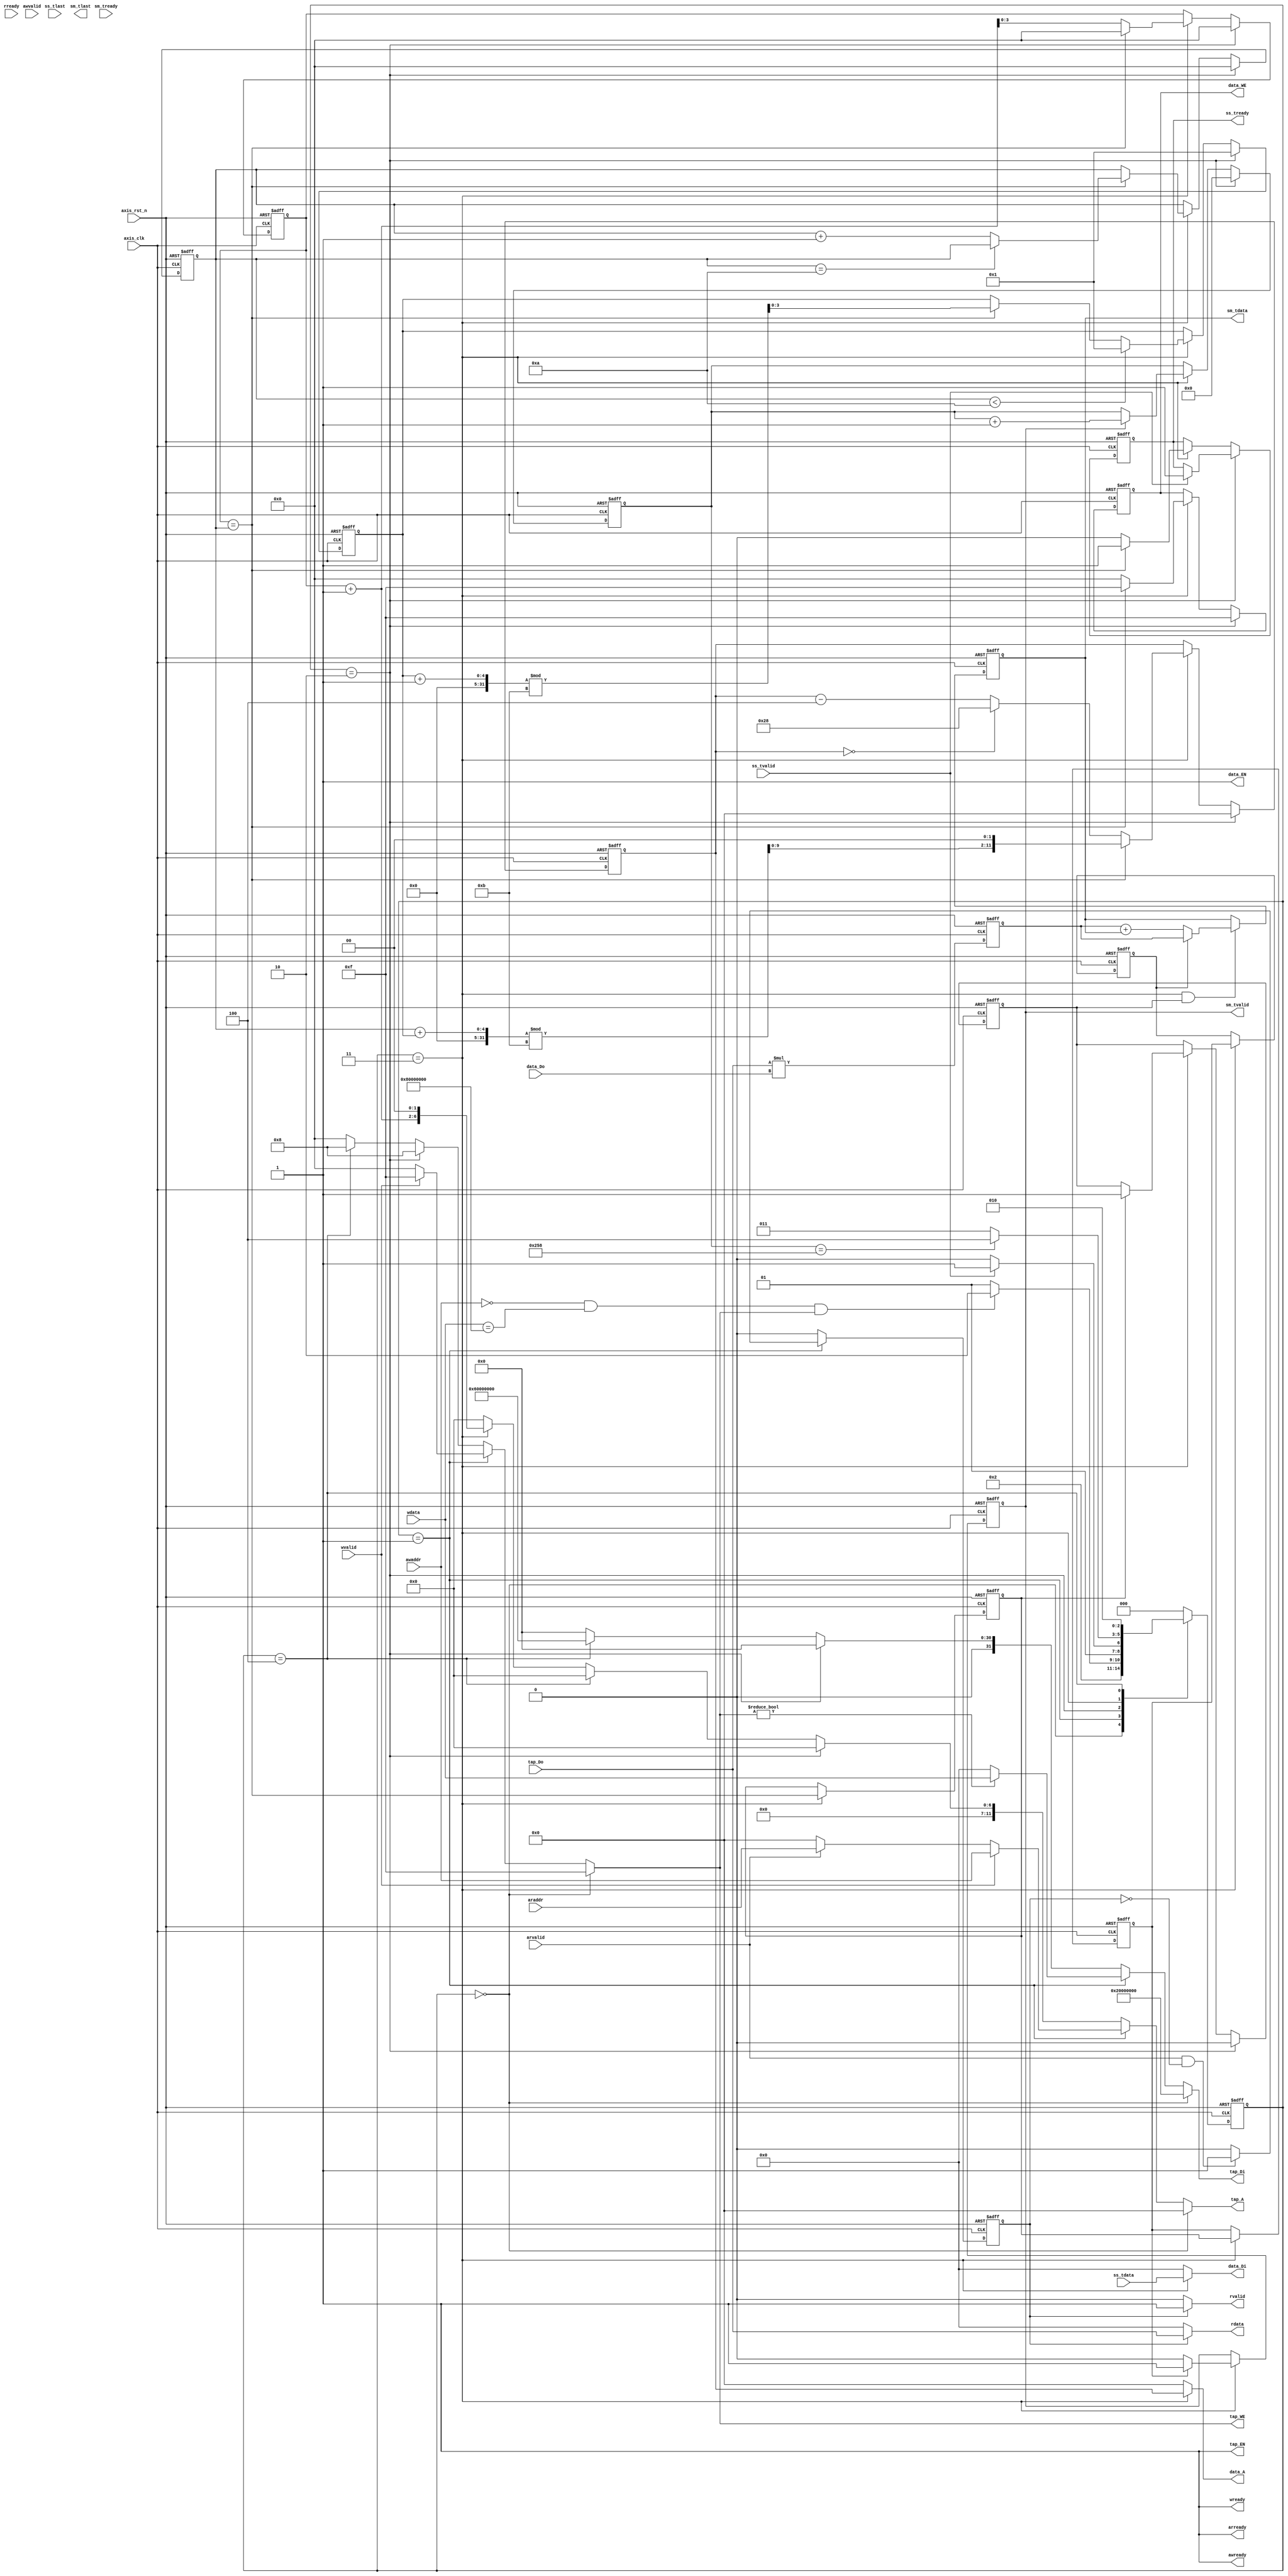
`timescale 1ns / 1ps
module fir
       #(  parameter pADDR_WIDTH = 12,
           parameter pDATA_WIDTH = 32,
           parameter Tape_Num    = 11
        )
       (
           //axilite interface==============================
           //write(input)--
           output  wire                     awready,
           output  wire                     wready,
           input   wire                     awvalid,
           input   wire [(pADDR_WIDTH-1):0] awaddr,
           input   wire                     wvalid,
           input   wire [(pDATA_WIDTH-1):0] wdata,
           //read(output)---
           output  wire                     arready,
           input   wire                     rready,
           input   wire                     arvalid,
           input   wire [(pADDR_WIDTH-1):0] araddr,
           output  wire                     rvalid,
           output  wire [(pDATA_WIDTH-1):0] rdata,
           //stream slave (input data)=========================
           input   wire                     ss_tvalid,
           input   wire [(pDATA_WIDTH-1):0] ss_tdata,
           input   wire                     ss_tlast,
           output  reg                     ss_tready,
           //stream master (output data)=======================
           input   wire                     sm_tready,
           output  reg                     sm_tvalid,
           output  reg [(pDATA_WIDTH-1):0] sm_tdata,
           output  reg                     sm_tlast,

           // bram for tap RAM
           output  reg [3:0]               tap_WE,
           output  wire                     tap_EN,
           output  reg [(pDATA_WIDTH-1):0] tap_Di,
           output  reg [(pADDR_WIDTH-1):0] tap_A,
           input   wire [(pDATA_WIDTH-1):0] tap_Do,

           // bram for data RAM
           output  reg [3:0]               data_WE,
           output  wire                     data_EN,
           output  reg [(pDATA_WIDTH-1):0] data_Di,
           output  reg [(pADDR_WIDTH-1):0] data_A,
           input   wire [(pDATA_WIDTH-1):0] data_Do,

           input   wire                     axis_clk,
           input   wire                     axis_rst_n
       );
parameter idle=0,
          setup = 1,
          set_start_fir=2,
          warmup=3,
          done_fir=4;
reg [2:0] current_state,next_state;
reg ap_start,ap_done,ap_idle;
reg [3:0] counter,iter;
reg rrflag,wflag;
reg [9:0] stream_out_count;
always @(posedge axis_clk or negedge axis_rst_n) begin
    if(!axis_rst_n)
    begin
        current_state<=idle;
    end
    else
        current_state<=next_state;
end
always @(*) begin
    case (current_state)
        idle:
        begin
            next_state=setup;
        end
        setup:
        begin
            if(awaddr==0 && wdata=={1'b1,1'b0,1'b0,29'b0} && tap_EN && tap_WE) //ap_start==1
                next_state=set_start_fir;
            else
                next_state=setup;
        end
        set_start_fir:
        begin
            if(ss_tvalid==1)
                next_state=warmup;
            else
                next_state=set_start_fir;
        end
        warmup:
        begin
            if(stream_out_count==600)
                next_state=done_fir;
            else
                next_state=warmup;
        end
        done_fir:
        begin
            next_state=set_start_fir;
        end
        default: next_state=idle;
    endcase
end


// notice that before changing block status,evertyhing should be settled
assign tap_EN=1;
always @(*) begin
    if(current_state==idle)
        tap_WE='b1111;
    else if(current_state==setup)
    begin
        if(wvalid && wready)
            tap_WE='b1111;
        else
            tap_WE='b0000;
    end
    else if(current_state==set_start_fir)
    begin
        tap_WE='b1000;
    end
    else if(current_state==done_fir)
    begin
        tap_WE='b1000;
    end
    else
        tap_WE='b0000;
end
always @(*) begin
    if(current_state==idle)
        tap_A=0;
    else if(current_state==setup)
    begin
        if(wvalid)
            tap_A=awaddr;
        else if(arvalid)
            tap_A=araddr;
        else
            tap_A=0;
    end
    else if(current_state==set_start_fir)
        tap_A=0;
    else if(current_state==done_fir)
        tap_A=0;
    else if(current_state==warmup)
        tap_A=(counter+1)<<2;
    else
    begin
        tap_A=0;
    end
end
always @(*) begin
    if(current_state==idle)
        tap_Di={1'b0,1'b0,1'b1,29'b0};
    else if(current_state==setup)
    begin
        if(tap_WE)
            tap_Di=wdata;
        else
            tap_Di=0;
    end
    else if(current_state==set_start_fir)
        tap_Di={1'b0,1'b0,1'b0,29'b0};
    else if(current_state==done_fir)
        tap_Di={1'b0,1'b1,1'b1,29'b0};
    else
    begin
        tap_Di=0;
    end
end
//assign rdata=tap_Do;


//axi-write 1.length 2.tap parameter 3.ap_start=1 (addreess with data)
// --------------------------------------------------------------------------------------------------------
// clk        :__/\__/\__/\__/\__/\__/\__/\__/\__/\__/\__/\__/\__/\__/\__
// aw/wdata   :|x|0          |1         |2
// aw/wvalid  :__/

// aw/wready  :________/\______/\____
// ---------------------------------------------------------------------------------------------------------

assign awready=1;
assign wready=1;

//axi-read
//read request->read data is continuos controlled by rvalid
// --------------------------------------------------------------------------------------------------------
// clk        :__/\__/\__/\__/\__/\__/\__/\__/\__/\__/\__/\__/\__/\__/\__
// araddr     :  |addr1            |addr2           |addr3
// arvalid:   :__/\______/\________/\________

// arready always 1 if tap RAM address=araddr
// arready    :
// ---------------------------------------------------------------------------------------------------------
// rready     :__/
//need 1cycle to read tap RAM data then pull rdata and rvalid

// rdata      :|x      |0              |1         |2
// rvalid     :________/\__________/\_____/\
// ---------------------------------------------------------------------------------------------------------
assign arready=1;
always @(posedge axis_clk or negedge axis_rst_n) begin
    if(!axis_rst_n)
        rrflag<=0;
    else
    begin
        if(current_state==setup)
        begin
            if(arvalid && rrflag==0)
                rrflag<=1;
            else
                rrflag<=0;
        end
        else
            rrflag<=0;
    end
end
assign rdata=(rrflag)? tap_Do : 0;
assign rvalid=(rrflag)? 1 : 0;


//data_ram

reg add_reset;
reg [(pADDR_WIDTH-1):0] Din_addr;
wire signed [(pDATA_WIDTH-1):0] mult_in1,mult_in2;
reg  signed[(pDATA_WIDTH-1):0] mult_out;
wire signed [(pDATA_WIDTH-1):0] add_in1,add_in2;
reg  signed[(pDATA_WIDTH-1):0] add_out;
reg out1,out2,out3;
reg [3:0]offset;
//assign Din_addr=(iter-counter)<<2;
always @(posedge axis_clk or negedge axis_rst_n) begin
    if(!axis_rst_n)
        Din_addr<=0;
    else
    begin
        if(current_state==set_start_fir)
            Din_addr<=0;
        else if(current_state==warmup)
        begin
            if(counter==iter)
                Din_addr<=((iter+offset)%11)<<2;
            else
            begin
                if(Din_addr==0)
                    Din_addr<=40;
                else
                    Din_addr<=Din_addr-4;
            end
        end
    end
end
assign data_EN=1;
always @(posedge axis_clk or negedge axis_rst_n ) begin
    if(!axis_rst_n)
        data_WE<='b0000;
    else
    begin
        if(current_state==set_start_fir)
            data_WE<='b1111;
        else if(current_state==warmup)
        begin
            if(counter==iter)
                data_WE<='b1111;
            else
                data_WE<='b0000;
        end
    end
end
always @(*) begin
    if(current_state==warmup)
        data_Di=ss_tdata;
    else
        data_Di=0;
end
always @(*) begin
    if(current_state==warmup)
        data_A=Din_addr;
    else
        data_A=0;
end
reg dram_valid;
//ALU
always @(posedge axis_clk or negedge axis_rst_n) begin
    if(!axis_rst_n)
        mult_out<=0;
    else
    begin
        mult_out<=mult_in1*mult_in2;
    end
end
assign mult_in1=tap_Do;
assign mult_in2=data_Do;
always @(posedge axis_clk or negedge axis_rst_n) begin
    if(!axis_rst_n)
        add_out<=0;
    else
    begin
        if(current_state==warmup && dram_valid)
        begin
            if(out3)
                add_out<=mult_out;
            else
                add_out<= add_in1+add_in2;
        end
    end
end
assign add_in1=mult_out;
assign add_in2=add_out;
always @(posedge axis_clk or negedge axis_rst_n) begin
    if(!axis_rst_n)
        counter<=0;
    else
    begin
        if(current_state ==set_start_fir)
            counter<=0;
        else if(current_state == warmup)
        begin
            if(counter== iter)
                counter<=0;
            else
                counter<=counter+1;
        end
    end
end
always @(posedge axis_clk or negedge axis_rst_n) begin
    if(!axis_rst_n)
        iter<=0;
    else
    begin
        if(current_state==set_start_fir)
            iter<=0;
        else if(current_state==warmup)
        begin
            if(counter==iter)
            begin
                if(iter == 10)
                    iter<=iter;
                else
                    iter<=iter+1;
            end
        end
    end
end
always @(posedge axis_clk or negedge axis_rst_n) begin
    if(!axis_rst_n)
        offset<=0;
    else
    begin
        if(current_state==set_start_fir)
            offset<=1;
        else
            if(current_state==warmup)
            begin
                if(iter<10)
                    offset<=1;
                else if(counter==iter)
                begin
                    offset<=(offset+1)%11;
                end
            end
    end
end
always @(posedge axis_clk or negedge axis_rst_n) begin
    if(!axis_rst_n)
        dram_valid<=0;
    else
    begin
        if(current_state==set_start_fir)
            dram_valid<=0;
        else if(current_state==warmup)
        begin
            if(out1)
                dram_valid<=1;
        end
    end
end

//axi-ss : input Din  use tready=1 to get the next input
// --------------------------------------------------------------------------------------------------------
// clk     :__/\__/\__/\__/\__/\__/\__/\__/\__/\__/\__/\__/\__/\__/\__
// tdata   :|x|0          |1         |2
// tvalid  :
// tlast   :_______________________________/\_______

// tready  :________/\______/\______/\____
// ---------------------------------------------------------------------------------------------------------
always @(posedge axis_clk or negedge axis_rst_n ) begin
    if(!axis_rst_n)
        ss_tready<='b0;
    else
    begin
        if(current_state==set_start_fir)
        begin
            if(ss_tvalid)
                ss_tready<='b1;
        end
        else if(current_state==warmup)
        begin
            if(counter==iter)
                ss_tready<='b1;
            else
                ss_tready<='b0;
        end
    end
end


//axi-sm :output Dout use sm_tvalid=1 to trasmit an answer
// --------------------------------------------------------------------------------------------------------
// clk     :__/\__/\__/\__/\__/\__/\__/\__/\__/\__/\__/\__/\__/\__/\__
// tready  :

// tdata   :|x|0          |1         |2
// tvalid  :________/\______/\______/\____
// tlast   :_______________________________/\_______
// ---------------------------------------------------------------------------------------------------------

always @(posedge axis_clk or negedge axis_rst_n) begin
    if(!axis_rst_n)
        out1<=0;
    else if(current_state==warmup)
        out1<=(counter == iter);
end
always @(posedge axis_clk or negedge axis_rst_n) begin
    if(!axis_rst_n)
        out2<=0;
    else if(current_state==warmup)
        out2<=out1;
end
always @(posedge axis_clk or negedge axis_rst_n) begin
    if(!axis_rst_n)
        out3<=0;
    else if(current_state==warmup)
        out3<=out2;
end
always @(*) begin
    sm_tdata=add_out;
end
always @(posedge axis_clk or negedge axis_rst_n) begin
    if(!axis_rst_n)
        sm_tvalid<=0;
    else
    begin
        if(current_state==warmup)
        begin
            if(out2)
                sm_tvalid<=1;
            else
                sm_tvalid<=0;
        end
    end
end

always @(posedge axis_clk or negedge axis_rst_n) begin
    if(!axis_rst_n)
        stream_out_count<=0;
    else
    begin
        if(current_state==set_start_fir)
            stream_out_count<=0;
        else
            if(current_state==warmup)
            begin
                if(sm_tvalid==1)
                    stream_out_count<=stream_out_count+1;
            end
    end
end


endmodule